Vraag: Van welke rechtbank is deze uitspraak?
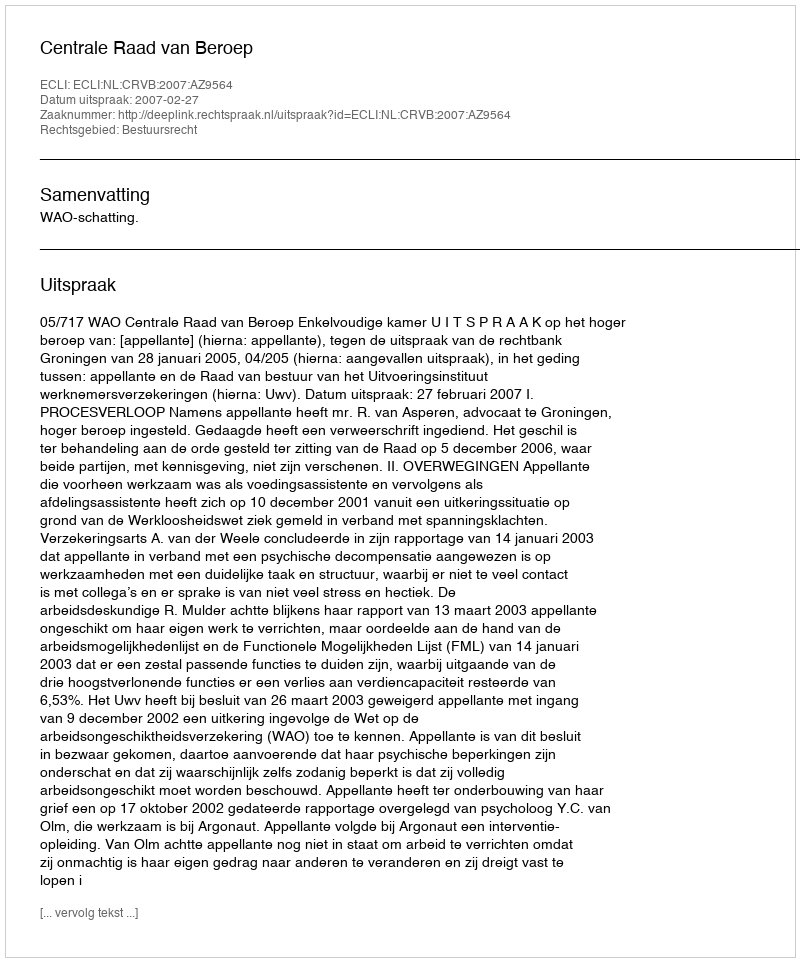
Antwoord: Centrale Raad van Beroep